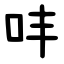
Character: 㕩